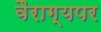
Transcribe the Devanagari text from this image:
वैराग्यपर